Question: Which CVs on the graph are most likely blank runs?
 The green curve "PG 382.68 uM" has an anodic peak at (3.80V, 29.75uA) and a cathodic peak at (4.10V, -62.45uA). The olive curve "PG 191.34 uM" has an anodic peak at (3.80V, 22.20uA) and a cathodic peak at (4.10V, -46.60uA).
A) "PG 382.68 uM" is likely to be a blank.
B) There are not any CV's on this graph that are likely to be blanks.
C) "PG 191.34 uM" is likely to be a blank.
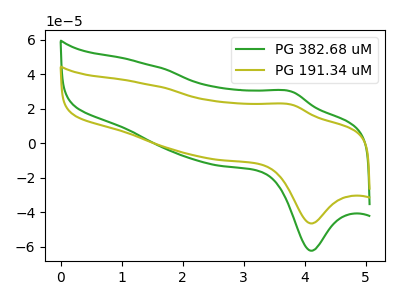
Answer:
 <answer>B) There are not any CV's on this graph that are likely to be blanks.</answer>
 <eval>B</eval>